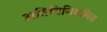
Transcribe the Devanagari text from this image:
अतिविनियमित